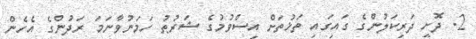
2. ދޮށީ ދަރިކަލުންގެ ގައިގައި ތަޚުތަށް އިސްވުމުގެ ޝަރުޠު ހަމަނުވާނަމަ ރަދުންގެ އެހެން